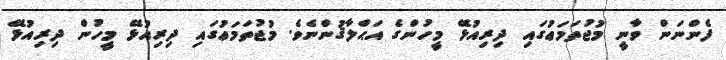
ފެންނަން ވާނީ މުޖުތަމަޢުގައި ދިރިއުޅޭ މީހުންގެ އަޙްލާޤުންނެވެ. މުޖުތަމަޢުގައި ދިރިއުޅޭ މީހުން ދިރިއުޅޭ